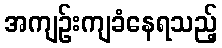
အကျဉ်းကျခံနေရသည့်